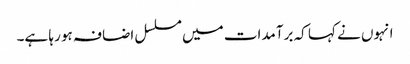
انہوں نے کہا کہ برآمدات میں مسلسل اضافہ ہو رہا ہے۔